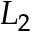
L _ { 2 }